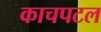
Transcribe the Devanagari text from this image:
काचपटल